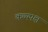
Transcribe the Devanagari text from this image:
कथ्यपक्ष